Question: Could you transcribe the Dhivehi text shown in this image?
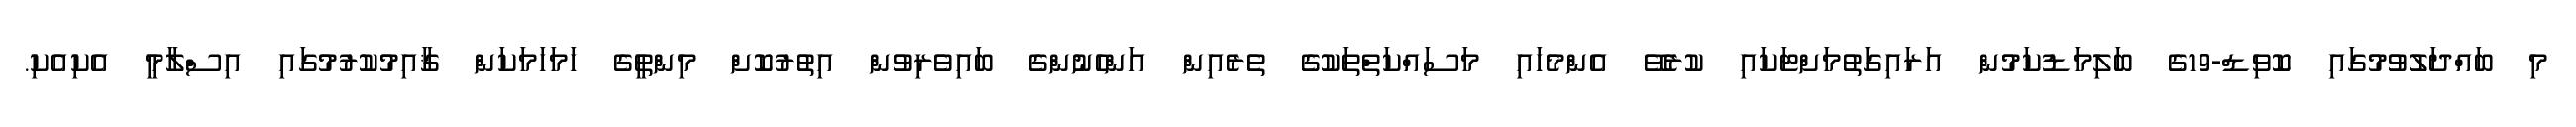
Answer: މި ބައްދަލުވުމުގައި ކޮވިޑް-19ގެ ބަލިމަޑުކަމުން އަރައިގަތުމަށްޓަކައި ކުރެވޭ އެންމެހައި މަސައްކަތްތަކުގެ ތެރެއިން އަންހެނުންގެ ބައިވެރިވުން އިތުރުކޮށް މިންތީގެ ހަމަހަމަކަން ޤާއިމުކުރުމުގައި އިސްލާމީ އެކިއެކި.